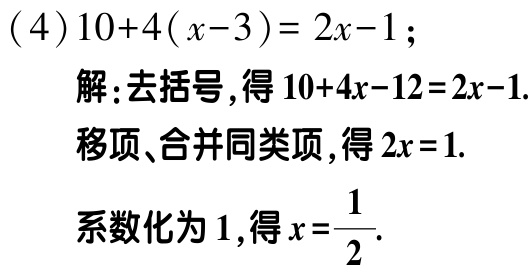
\((4)10 + 4(x - 3)=2x - 1;\)

解:去括号,得\(10 + 4x - 12 = 2x - 1.\)

移项、合并同类项,得\(2x = 1.\)

系数化为\(1\),得\(x=\dfrac{1}{2}.\)